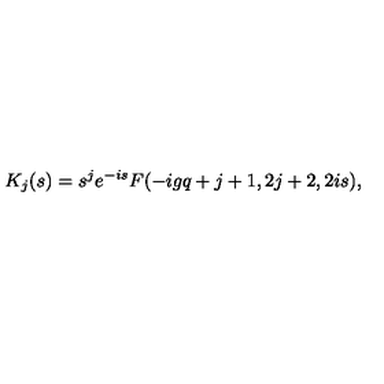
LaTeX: K _ { j } ( s ) = s ^ { j } e ^ { - i s } F ( - i g q + j + 1 , 2 j + 2 , 2 i s ) ,